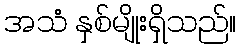
အသံ နှစ်မျိုးရှိသည်။